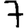
Digit: 7